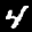
Label: 4